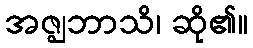
အဇ္ဈဘာသိ၊ ဆို၏။